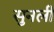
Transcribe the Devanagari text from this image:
सुनली